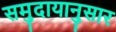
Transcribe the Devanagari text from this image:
समुदायानुसार